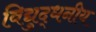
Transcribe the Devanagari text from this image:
विद्युद्धनीय